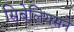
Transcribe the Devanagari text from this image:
सिबेलियसने